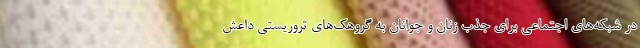
در شبکه‌های اجتماعی برای جذب زنان و جوانان به گروهک‌های تروریستی داعش